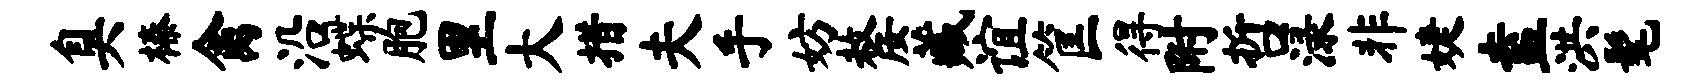
臭榛禽沿蝶胞里大措夫手妨嫠藏谊筐得附哲渌非婕盍洪髦